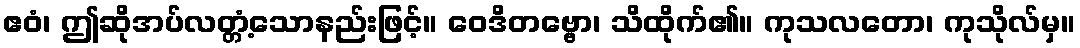
ဧဝံ၊ ဤဆိုအပ်လတ္တံ့သောနည်းဖြင့်။ ဝေဒိတဗ္ဗော၊ သိထိုက်၏။ ကုသလတော၊ ကုသိုလ်မှ။